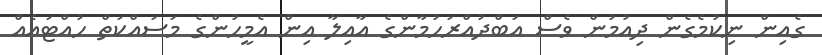
ގެއިން ނިކުމެގެން ދިއުމުން ވެސް އަބްދުއްރަހުމާންގެ އާއިލާ އިން އެމީހުންގެ މަސައްކަތް ހުއްޓައެއް